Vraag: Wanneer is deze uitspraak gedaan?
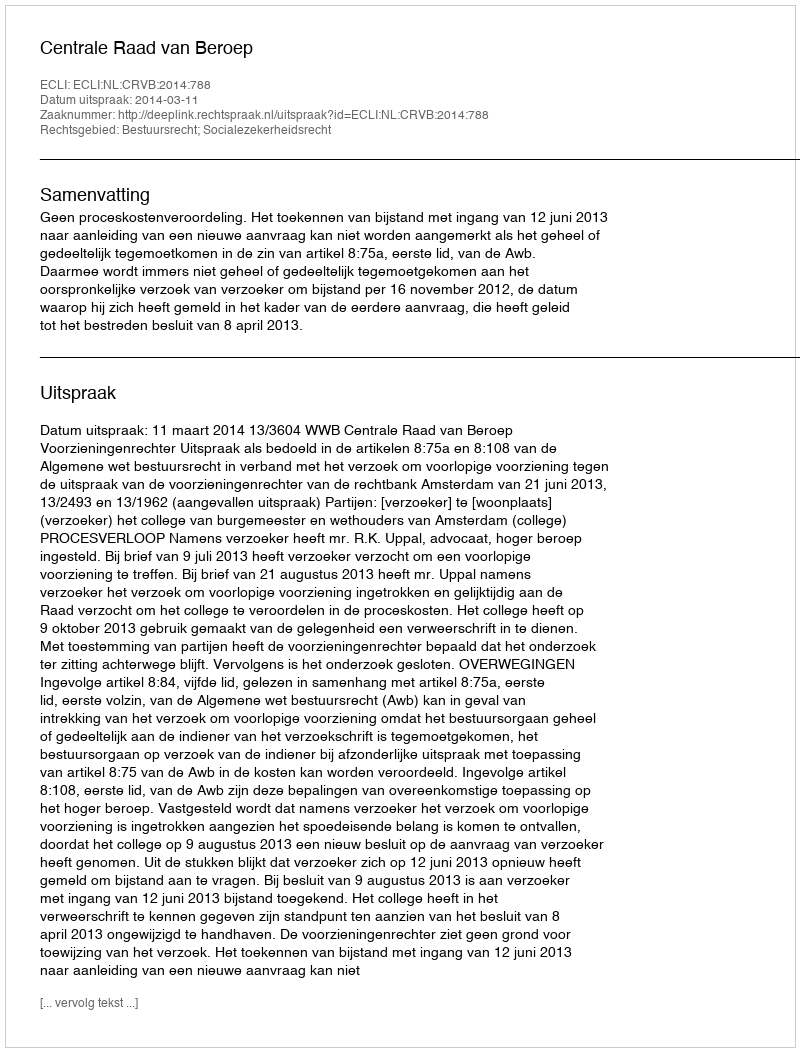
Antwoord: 2014-03-11